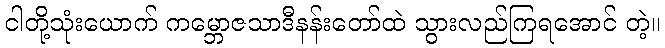
ငါတို့သုံးယောက် ကမ္ဘောဇသာဒီနန်းတော်ထဲ သွားလည်ကြရအောင် တဲ့။